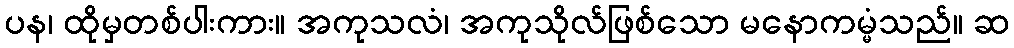
ပန၊ ထိုမှတစ်ပါးကား။ အကုသလံ၊ အကုသိုလ်ဖြစ်သော မနောကမ္မံသည်။ ဆ